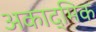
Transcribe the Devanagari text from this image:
अकाद्मिक